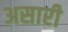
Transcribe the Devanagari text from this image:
असारी